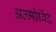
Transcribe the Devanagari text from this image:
अल्मोर्विद